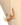
لن